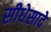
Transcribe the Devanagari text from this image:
सीधेसादे